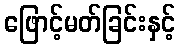
ဖြောင့်မတ်ခြင်းနှင့်